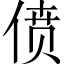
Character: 偾